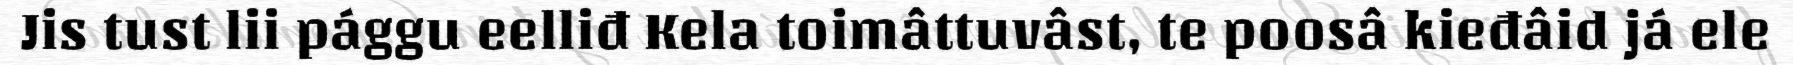
Jis tust lii pággu eelliđ Kela toimâttuvâst, te poosâ kieđâid já ele